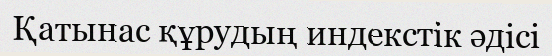
Қатынас құрудың индекстік әдісі